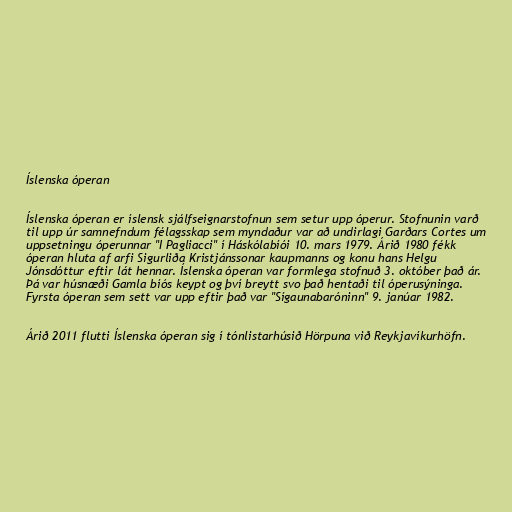
Íslenska óperan

Íslenska óperan er íslensk sjálfseignarstofnun sem setur upp óperur. Stofnunin varð
til upp úr samnefndum félagsskap sem myndaður var að undirlagi Garðars Cortes um
uppsetningu óperunnar "I Pagliacci" í Háskólabíói 10. mars 1979. Árið 1980 fékk
óperan hluta af arfi Sigurliða Kristjánssonar kaupmanns og konu hans Helgu
Jónsdóttur eftir lát hennar. Íslenska óperan var formlega stofnuð 3. október það ár.
Þá var húsnæði Gamla bíós keypt og því breytt svo það hentaði til óperusýninga.
Fyrsta óperan sem sett var upp eftir það var "Sígaunabaróninn" 9. janúar 1982.

Árið 2011 flutti Íslenska óperan sig í tónlistarhúsið Hörpuna við Reykjavíkurhöfn.